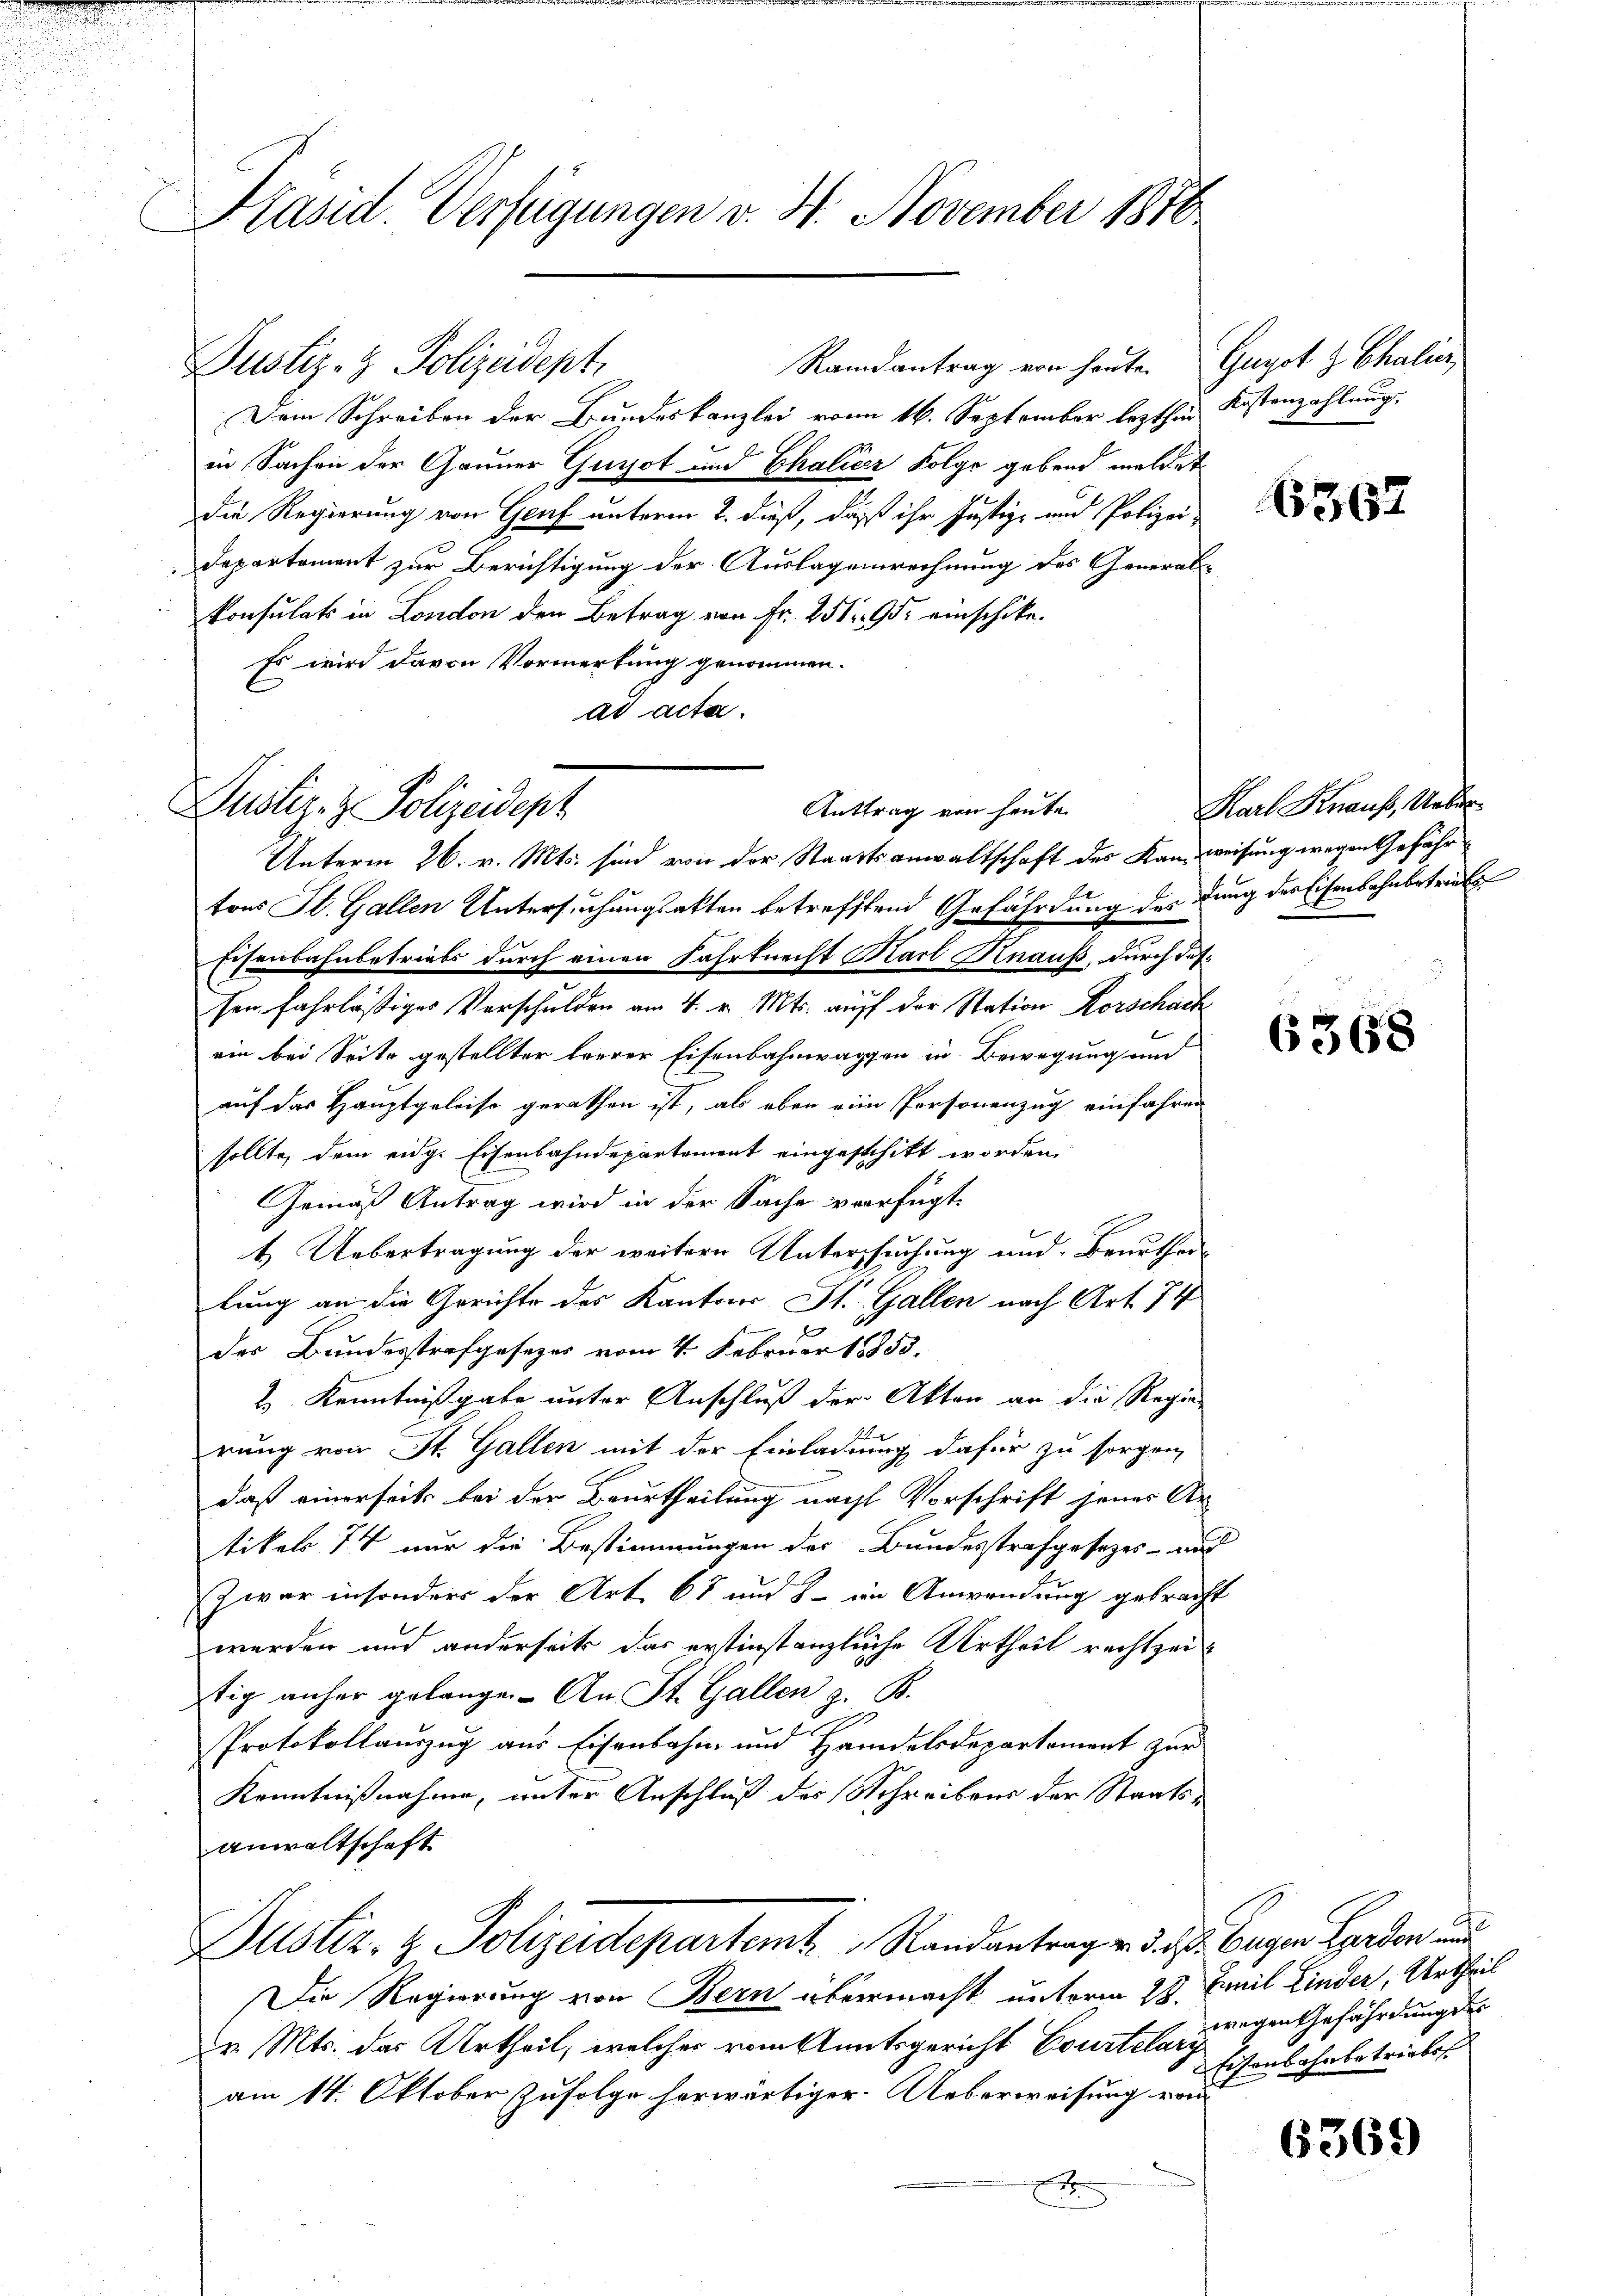
Präsid. Verfügungen v. 4. November 1876

Justiz- & Polizeidept,

Dem Schreiben der Bundeskanzlei vom 16. September lezthin Kostenzahlung,
in Sachen der Gauner Guizot und Chalier Folge gebend meldet
die Regierung von Genf unterm 2. dieß, daß ihr Justiz- und Polizei-
Departement zur Berichtigung der Auslagensrechnung des Generabkonsulats in London den Betrag von Fr. 251. 95 einschike.
Es wird davon Vormerkung genommen.
ad acta.

Justiz- & Polizeidept

Randantrag von heute. Gugot z Chalier,

Anttrag von heute.

Unterm 26. v. Mts. sind von der Staatsanwaltschaft des Kan weisung wegen Gefähr
e
tons St. Gallen Untersuchungsakten betreffend Gefährdung des dung der Eisenbahnbetrieb
Eisenbahnbetriebs durch einen Fahrtrecht Karl Hnauß, durch dessen fahrläßiges Verschulden am 4. v. Mts. auff der Station Korschach
ein bei Seite gestellter leerer Eisenbahnwagen in Bewegung und
auf das Hauptgeleise gerathen ist, als eben eine Personenzug einfahren
sollte, dem eidg. Eisenbahndepartement eingeschikt worden
Gemäß Antrag wird in der Sache verfügt:
t Uebertragung der weitern Untersuchung und Beurtheilung an die Gerichte des Kantons St. Gallen nach Art. 74
f
s
der Bundesstrafgesezes vom 4. Februar 18853.
2 Kenntnißgabe unter Anschluß der Akten an die Regier
rung von St. Gallen mit der Einladung dafür zu sorgen,
daß einerseits bei der Beurtheilung nacht Vorschrift jener Ur-
tikel 7 nur die Bestimmungen des Bundesstrafgesetzes - auch
Zwar insonders der Art. 68 und 8 im Anwendung gebracht
werden und anderseits das erstinstanzliche Urtheil rechtzeitig anher gelange. An St. Gallen z. B.
Protokollauszug aus Eisenbahn und Handelsdepartement zur
Kenntnißnahme, unter Anschluß des Schreibens der Staats¬
Anwaltschaft

Dustiz- & Polizeidepartemt. Randantragen d. Js. beigen Herden und

Die Regierung von Bern übermacht unterm 28. Junil Linder, Urtheil
Cr. Mts. das Urtheil, welcher vom Amtsgericht Courtelary
am 14. Oktober Zufolge herwärtiger. Ueberweisung von
x

6567

Karl Knaus, Ueber¬

6368

wegen Gefährdung der
Eisenbahnbetriebes

6369